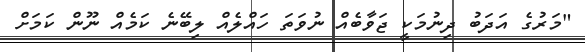
"މަރުގެ އަދަބު ދިނުމަކީ ޖަވާބެއް ނުވަތަ ހައްލެއް ލިބޭނެ ކަމެއް ނޫން ކަމަށް